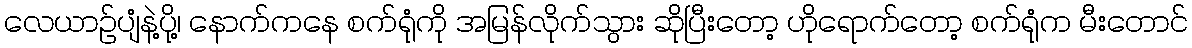
လေယာဉ်ပျံနဲ့ပို့၊ နောက်ကနေ စက်ရုံကို အမြန်လိုက်သွား ဆိုပြီးတော့ ဟိုရောက်တော့ စက်ရုံက မီးတောင်